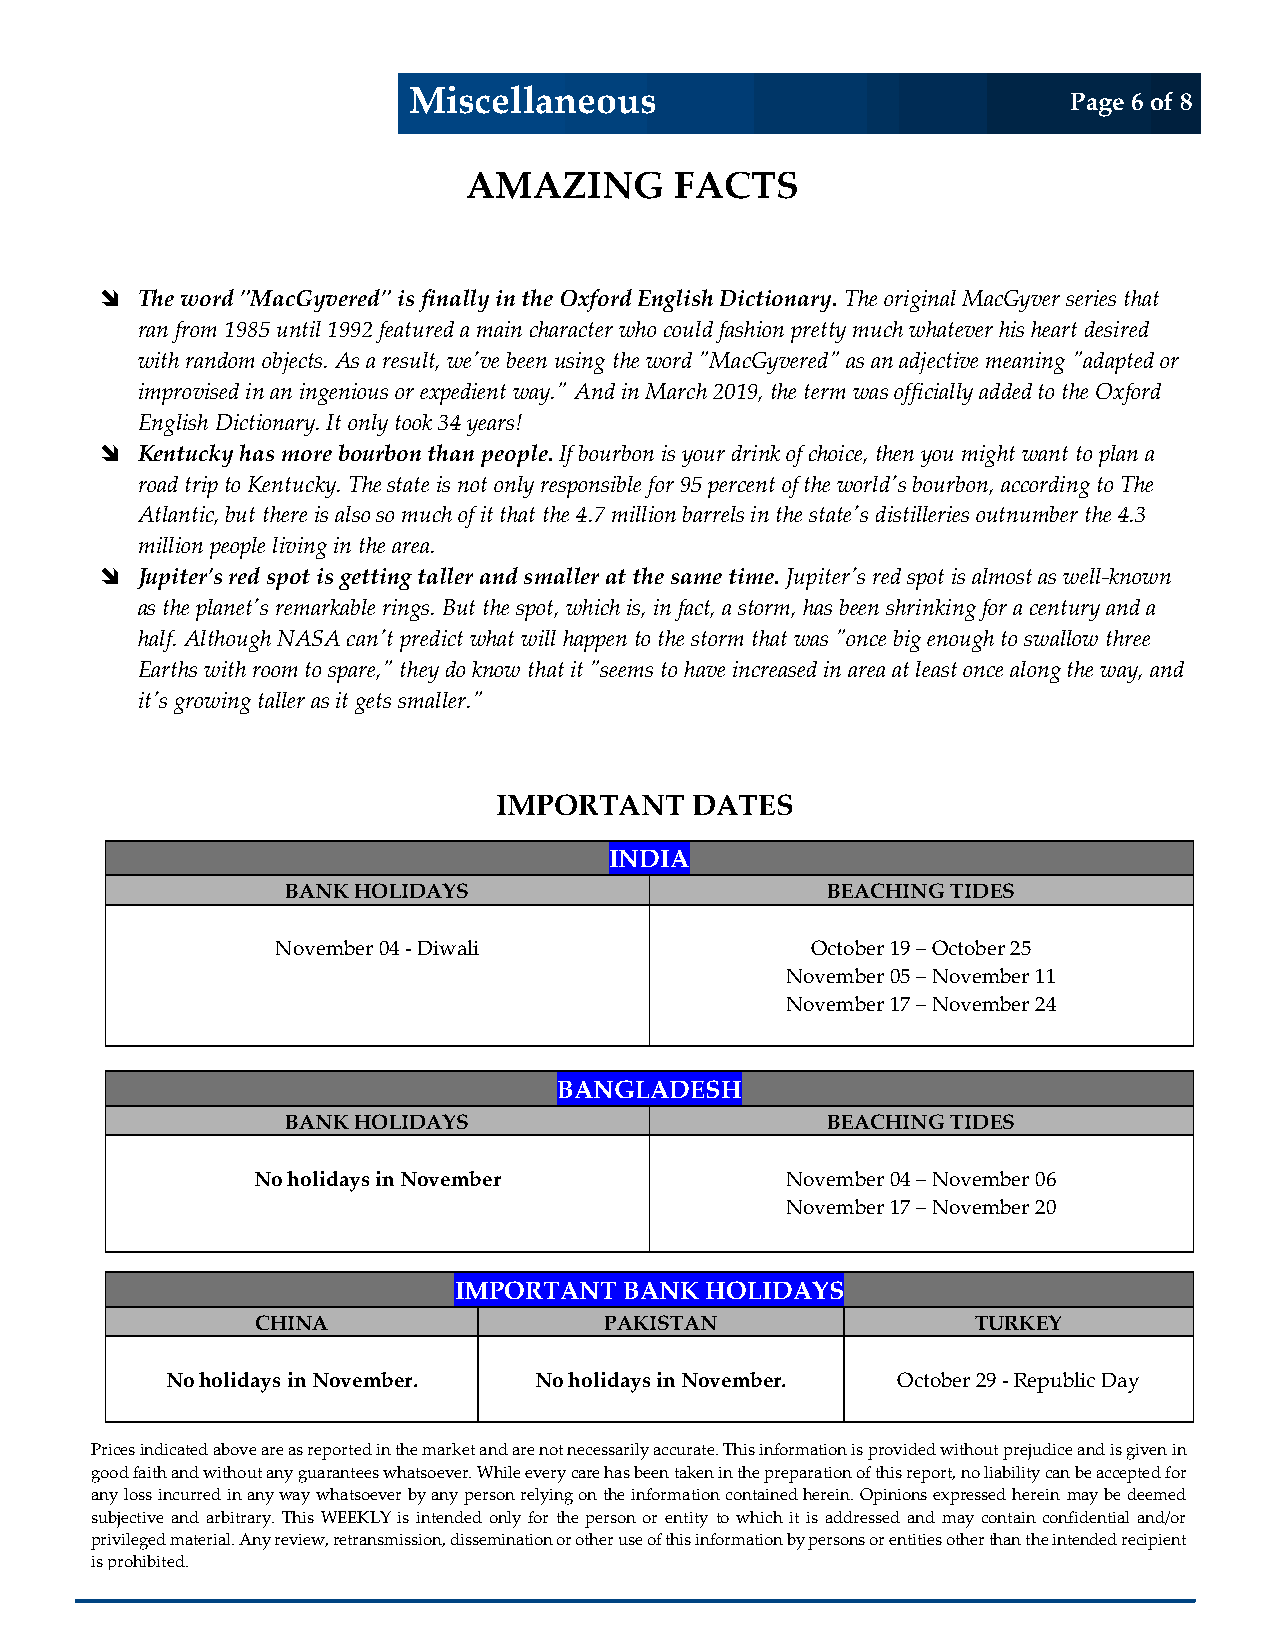
Miscellaneous                               Page 6 of 8
 i
 AMAZING       FACTS
  The word "MacGyvered" is finally in the Oxford English Dictionary. The original MacGyver series that
 ran from 1985 until 1992 featured a main character who c ould fashion pretty much whatever his heart desired
 with r andom objects. As a result, we've been using the word "MacGyvered" as an adjective meaning "adapted or
 impro vised in an ingenious or expedient way." And in March 2019, the term was officially added to the Oxford
 English Dictionary. It only took 34 years!
  Kentucky has more bourbon than people. If bourbon is your drink of choice, then you might want to plan a
 road trip to Kentucky. The state is not only responsible for 95 percent of the world's bourbon, according to The
 Atlantic, but there is also so much of it that the 4.7 million barrels in the state's distilleries outnumber the 4.3
 million people living in the area.
  Jupiter's red spot is getting taller and smaller at the same time. Jupiter's red spot is almost as well-known
 as the planet's remarkable rings. But the spot, which is, in fact, a storm, has been shrinking for a century and a
 half. A lthough NASA can't predict what will happen to the storm that was "once big enough to swallow three
 Earth s with room to spare," they do know that it "seems to have increased in area at least once along the way, and
 it's gr owing taller as it gets smaller."
 IMPORTANT    DATES
 INDIA
 BANK HOLIDAYS                       BEACHING TIDES
 November 04 - Diwali                October 19 – October 25
 November 05 – November 11
 November 17 – November 24
 BANGLADESH
 BANK HOLIDAYS                       BEACHING TIDES
 No holidays in November            November 04 – November 06
 November 17 – November 20
 IMPORTANT  BANK  HOLIDAYS
 CHINA                  PAKISTAN                 TURKEY
 No holidays in November. No holidays in November. October 29 - Republic Day
 Prices indicat e d above are as reported in the market and are not necessarily accurate. This information is provided without prejudice and is given in
 good faith and without any guarantees whatsoever. While every care has been taken in the preparation of this report, no liability can be accepted for
 any loss incurred in any way whatsoever by any person relying on the information contained herein. Opinions expressed herein may be deemed
 s
 p
 isu
 r
 pib
 v
 rje
 i
 olc
 e
 ht gi iv bee
 id
 t e
 ma dn
 .a
 d
 te
 a rir ab li .t Ara nry y.
 r
 eT vh ii es
 w
 W
 ,
 rE eE trK anL sY
 m
 i is
 s
 si in ot ne ,n dd ie ssd
 e
 mon inly
 a
 tf io or
 n
 t oh re
 o
 tp he er rs o un
 se
 o or
 f
 te hn it si t iy
 n
 foto
 r
 mw ah tii och
 n
 bit
 y
 i ps ea rd sod nr se s os re ed
 n
 ta in tid
 es
 m ota hy
 e
 rc o thn at nai tn
 h
 ec o inn tf eid ne dn et dia rl
 e
 ca in pd ie/o nr
 t